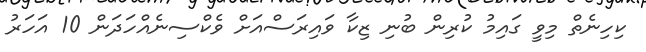
ކިހިނެތް މިވީ ގައިމު ކުރިން ބުނި ޒިކާ ވައިރަސްއަށް ވެކްސިނެއްހަދަން 10 އަހަރު